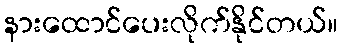
နားထောင်ပေးလိုက်နိုင်တယ်။